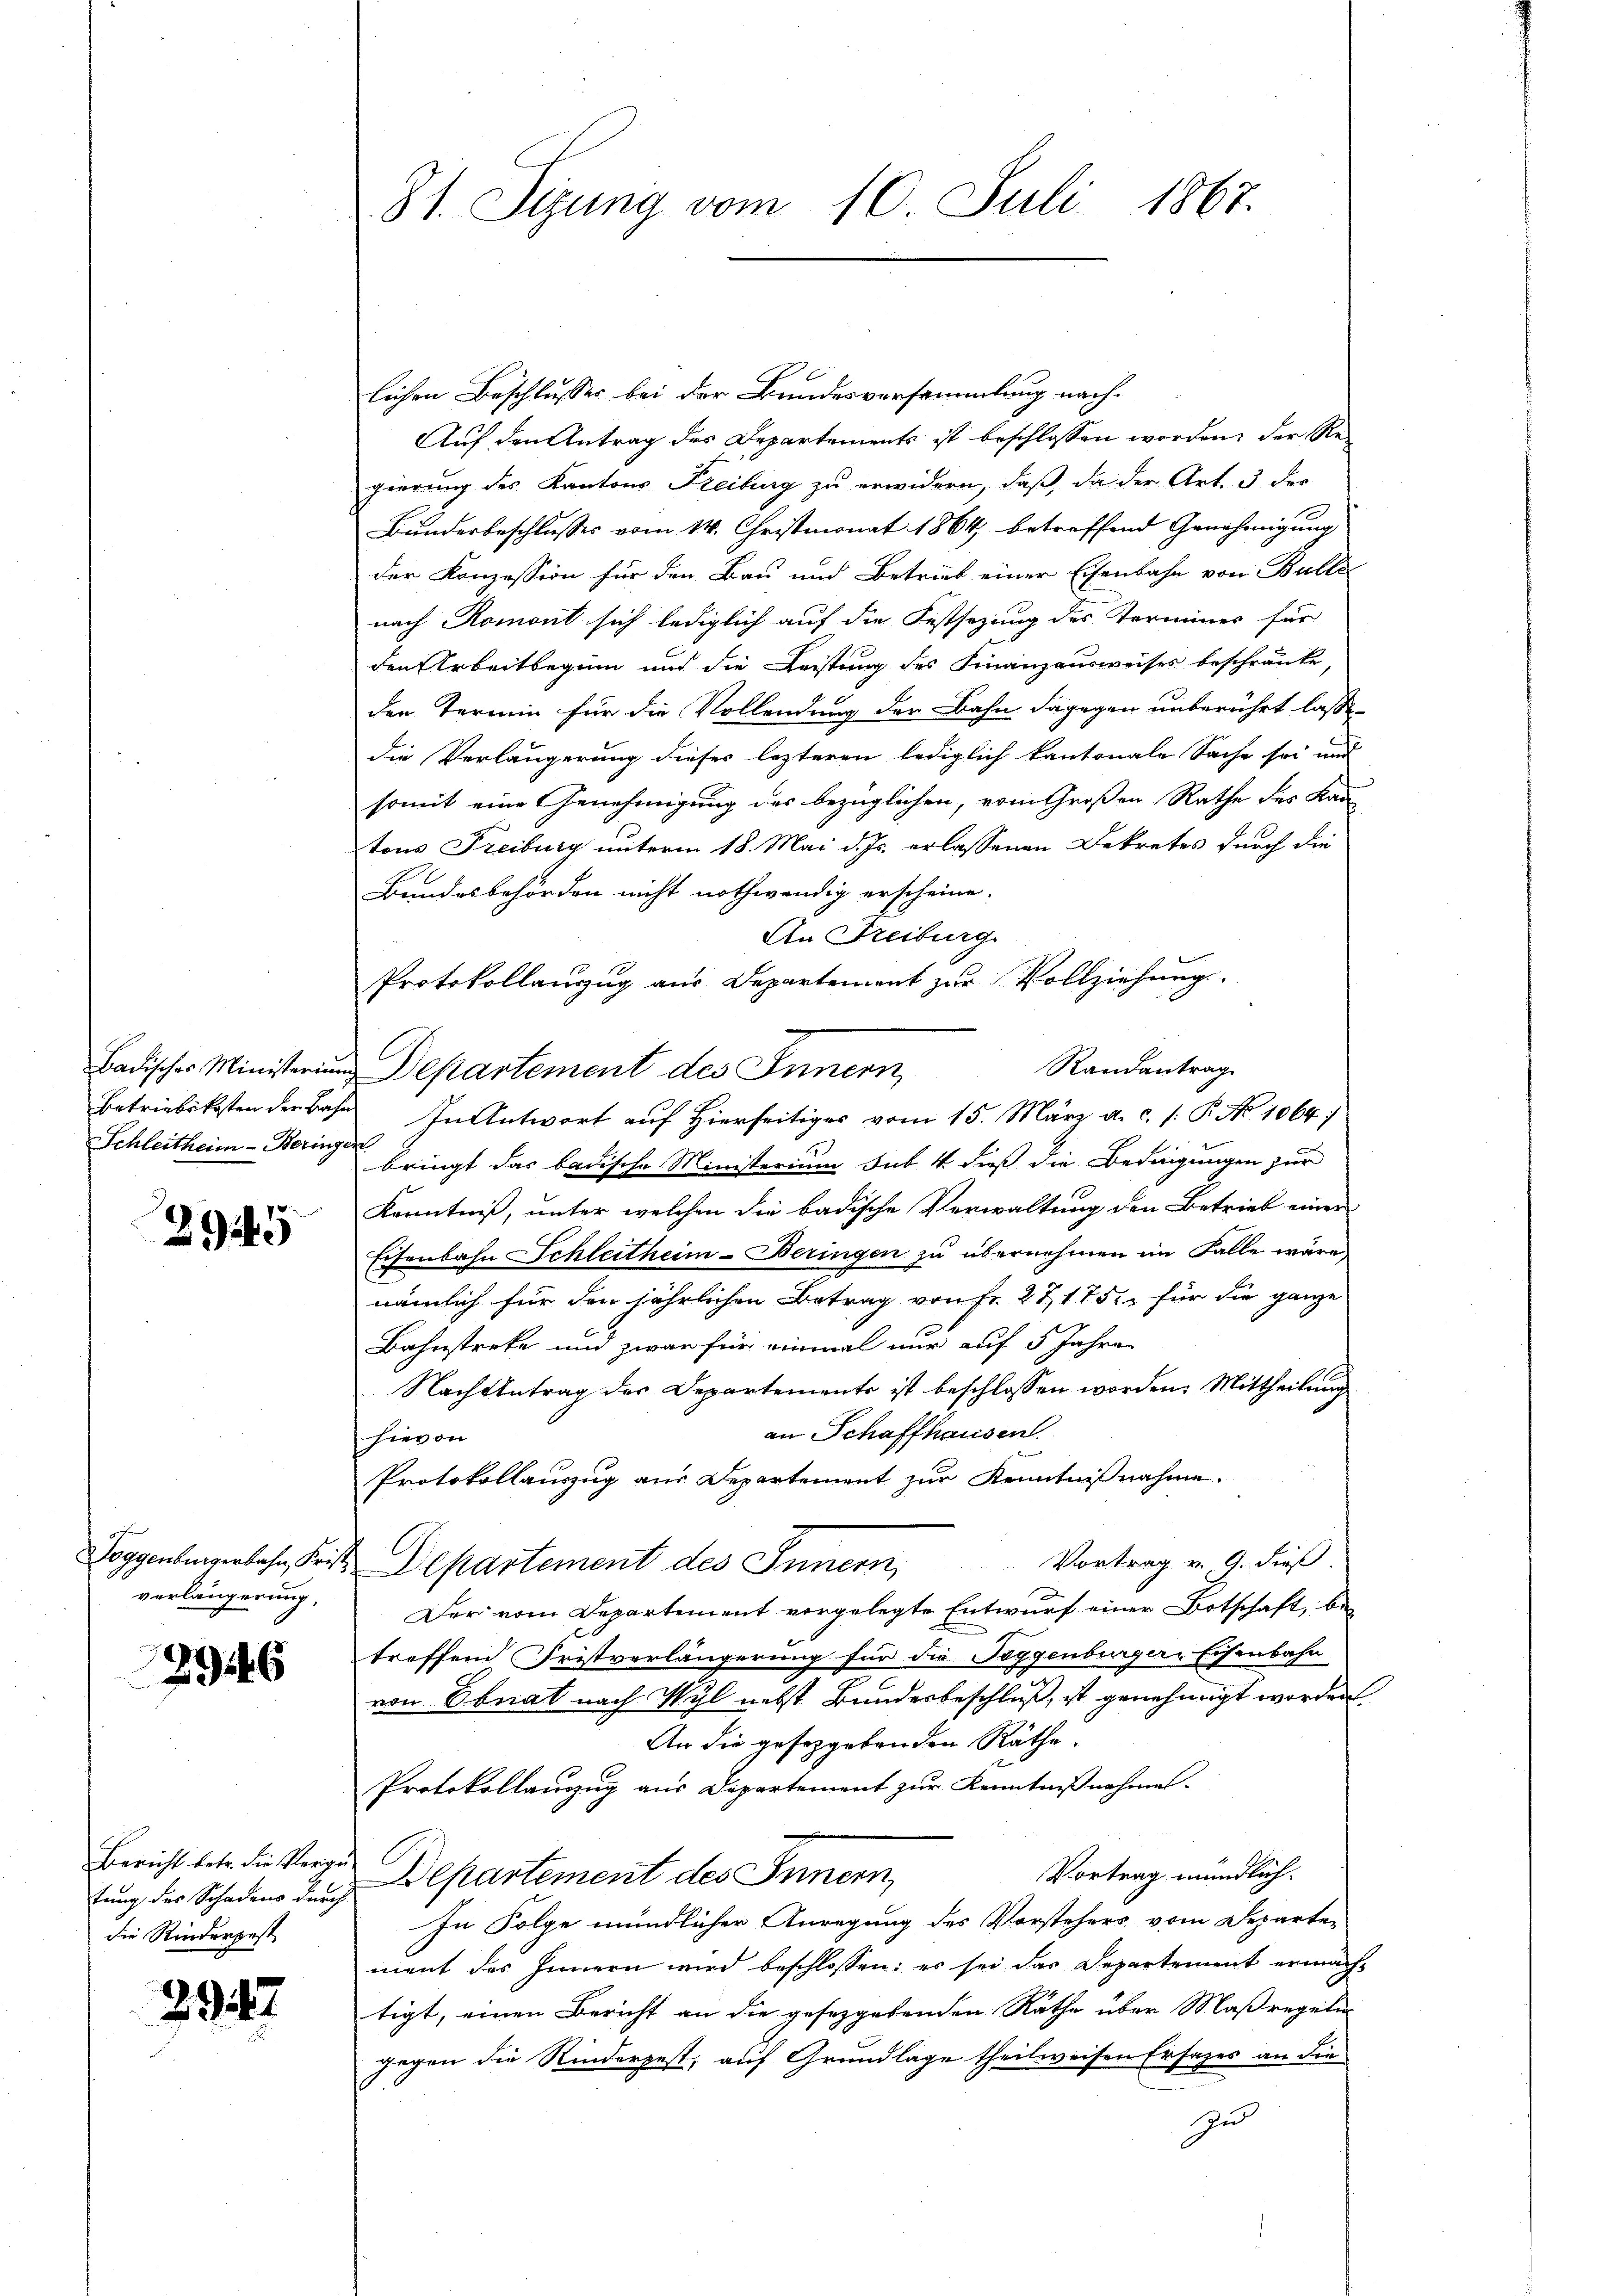
Schleitheim-Beringen

2945

verlängerung,

2946

tung des Schadens durch
die Rinderpest

29

81. Sizung vom 10. Juli 1867.

lichen Beschlusses bei der Bundesversammlung nach¬
Auf den Antrag des Departements ist beschlossen worden; der Regierung des Kantons Freiburg zu erwidern, daß, da der Art. 3 des
Bundesbeschlusses vom 14. Christmonat 1864, betreffend Genehmigung
der Konzession für den Bau und Betrieb einer Eisenbahn von Bulle
nach Romont sich lediglich auf die Festsezung des Terminer für
den Arbeitbeginn und die Leistung des Finanzausweises beschränke,
den Termin für die Vollendung der Bahn dagegen unberührt lasse.
die Verlängerung dieser lezteren lediglich kantonale Sache sei und
somit eine Genehmigung des bezüglichen, vom Großen Rathe des Kan
tons Freiburg unterm 18. Mai d. Js. erlassenen Dekretes durch die
Bundesbehörden nicht nothwendig erscheine.
An Freiburg
Protokollanzug aus Departemont zur Vollziehung.
Randantrag
Badisches Ministerium Departement des Innern,
Betriebskosten der Bahn. In Antwort auf Hierseitiges vom 15. März a. c. /: P. No 1064)
bringt das badische Ministerium sub 4 dieß die Bedingungen zur
Kenntniß, unter welchen die badische Verwaltung den Betrieb einer
Eisenbahn Schleitheim-Beringen zu übernehmen im Falle wäre,
nämlich für den jährlichen Betrag von Fr. 271752. für die ganze
Bahnstreke und zwar für einmal nur auf 5 Jahre
Nachtentrag des Departements ist beschlossen worden. Mittheilung
an Schaffhausen.
hievon
Protokollauszug aus Departement zur Kenntnißnahme.
Vortrag v. 9. dieß.
Toggenburgenbahn, Frist Departement des Innern,
Der vom Departement vorgelegte Entwurf einer Botschaft, be-
treffend Fristverlängerung für die Poggenburger-Eisenbahn
von Ebnat nach Wyl nebst Bundesbeschluß, ist genehmigt worden
An die gesezgebenden Räthe,
Protokollanzug aus Departement zur Kenntnißnahmes.
Bericht betr. die Vergün Departement des Innern,
Vortrag mündlich.
In Folge mündlicher Anregung des Vorstehers vom Departen
ment des Innern wird beschlossen: es sei das Departement ermachtigt, einen Bericht an die gesetzgebenden Räthe über Maßregeln
gegen die Rinderpest, auf Grundlage theilweisen Ersatzes an die
zu